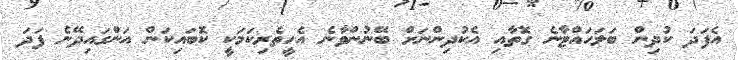
އެފަދަ ކުދިން ބަލަހައްޓާނެ ގޮތާއި އެކުދިންނަށް ބޭނުންވާނެ އެހީތެރިކަމަކީ ކޮބައިކަން އަންގައިދޭނެ ފަދަ